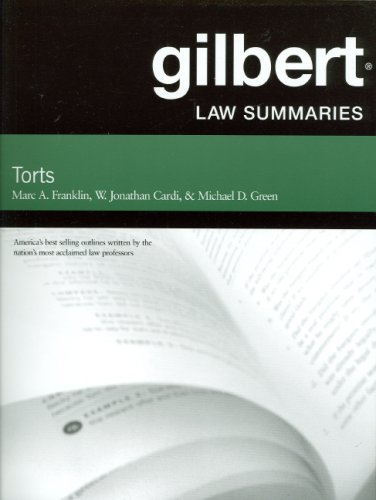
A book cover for Gilbert Law Summaries on Torts, 24th Edition; Marc A. Franklin; Law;